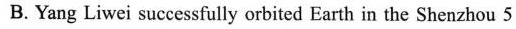
B.Yang Liwei successfully orbited Earth in the Shenzhou 5